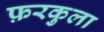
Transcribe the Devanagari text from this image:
फ़रकुला